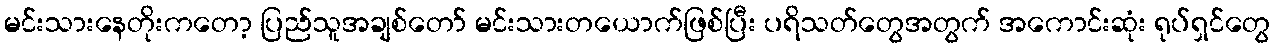
မင်းသားနေတိုးကတော့ ပြည်သူအချစ်တော် မင်းသားတယောက်ဖြစ်ပြီး ပရိသတ်တွေအတွက် အကောင်းဆုံး ရုပ်ရှင်တွေ